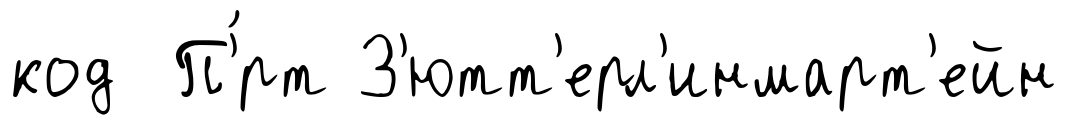
код П'́рт З'ютт'ерл'инмарт'ейн